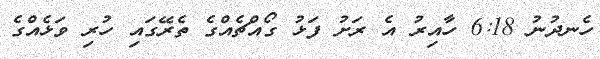
ހެނދުނު 6:18 ހާއިރު އެ ރަށު ފަޅު ގޯއްޗެއްގެ ތެރޭގައި ހުރި ވަޅެއްގެ